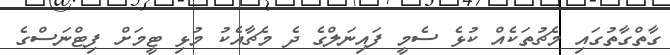
ގާތްގާތުގައި މެޗުތަކެއް ކުޅެ ސެމީ ފައިނަލްގެ ދެ މެޗާއެކު މުޅި ޓީމަށް ފިޓްނަސްގެ